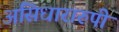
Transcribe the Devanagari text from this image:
असिधारारुपी